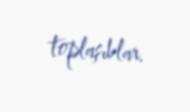
toplaşıblar.